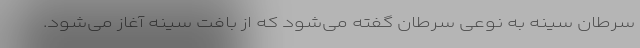
سرطان سینه به نوعی سرطان گفته می‌شود که از بافت سینه آغاز می‌شود.